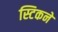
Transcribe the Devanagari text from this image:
स्टिकने